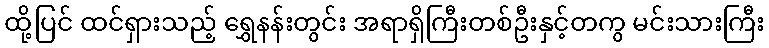
ထို့ပြင် ထင်ရှားသည့် ရွှေနန်းတွင်း အရာရှိကြီးတစ်ဦးနှင့်တကွ မင်းသားကြီး